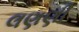
લણણી